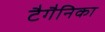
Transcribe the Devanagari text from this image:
टैगैनिका